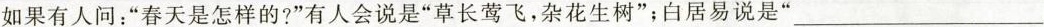
如果有人问：”春天是怎样的？”有人会说是”草长莺飞，杂花生树”；白居易说是”__________